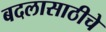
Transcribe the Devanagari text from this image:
बदलासाठीचे